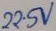
Text: 22.5V